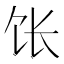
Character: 𫗠